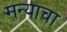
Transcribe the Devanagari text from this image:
मन्याचा